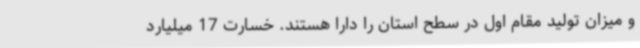
و میزان تولید مقام اول در سطح استان را دارا هستند. خسارت 17 میلیارد